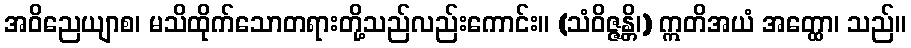
အဝိညေယျာစ၊ မသိထိုက်သောတရားတို့သည်လည်းကောင်း။ (သံဝိဇ္ဇန္တိ၊) ဣတိအယံ အတ္ထော၊ သည်။